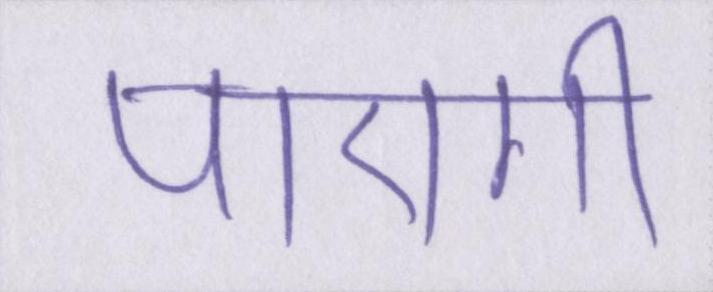
पाएगी